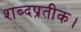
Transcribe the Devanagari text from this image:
शब्दप्रतीक।